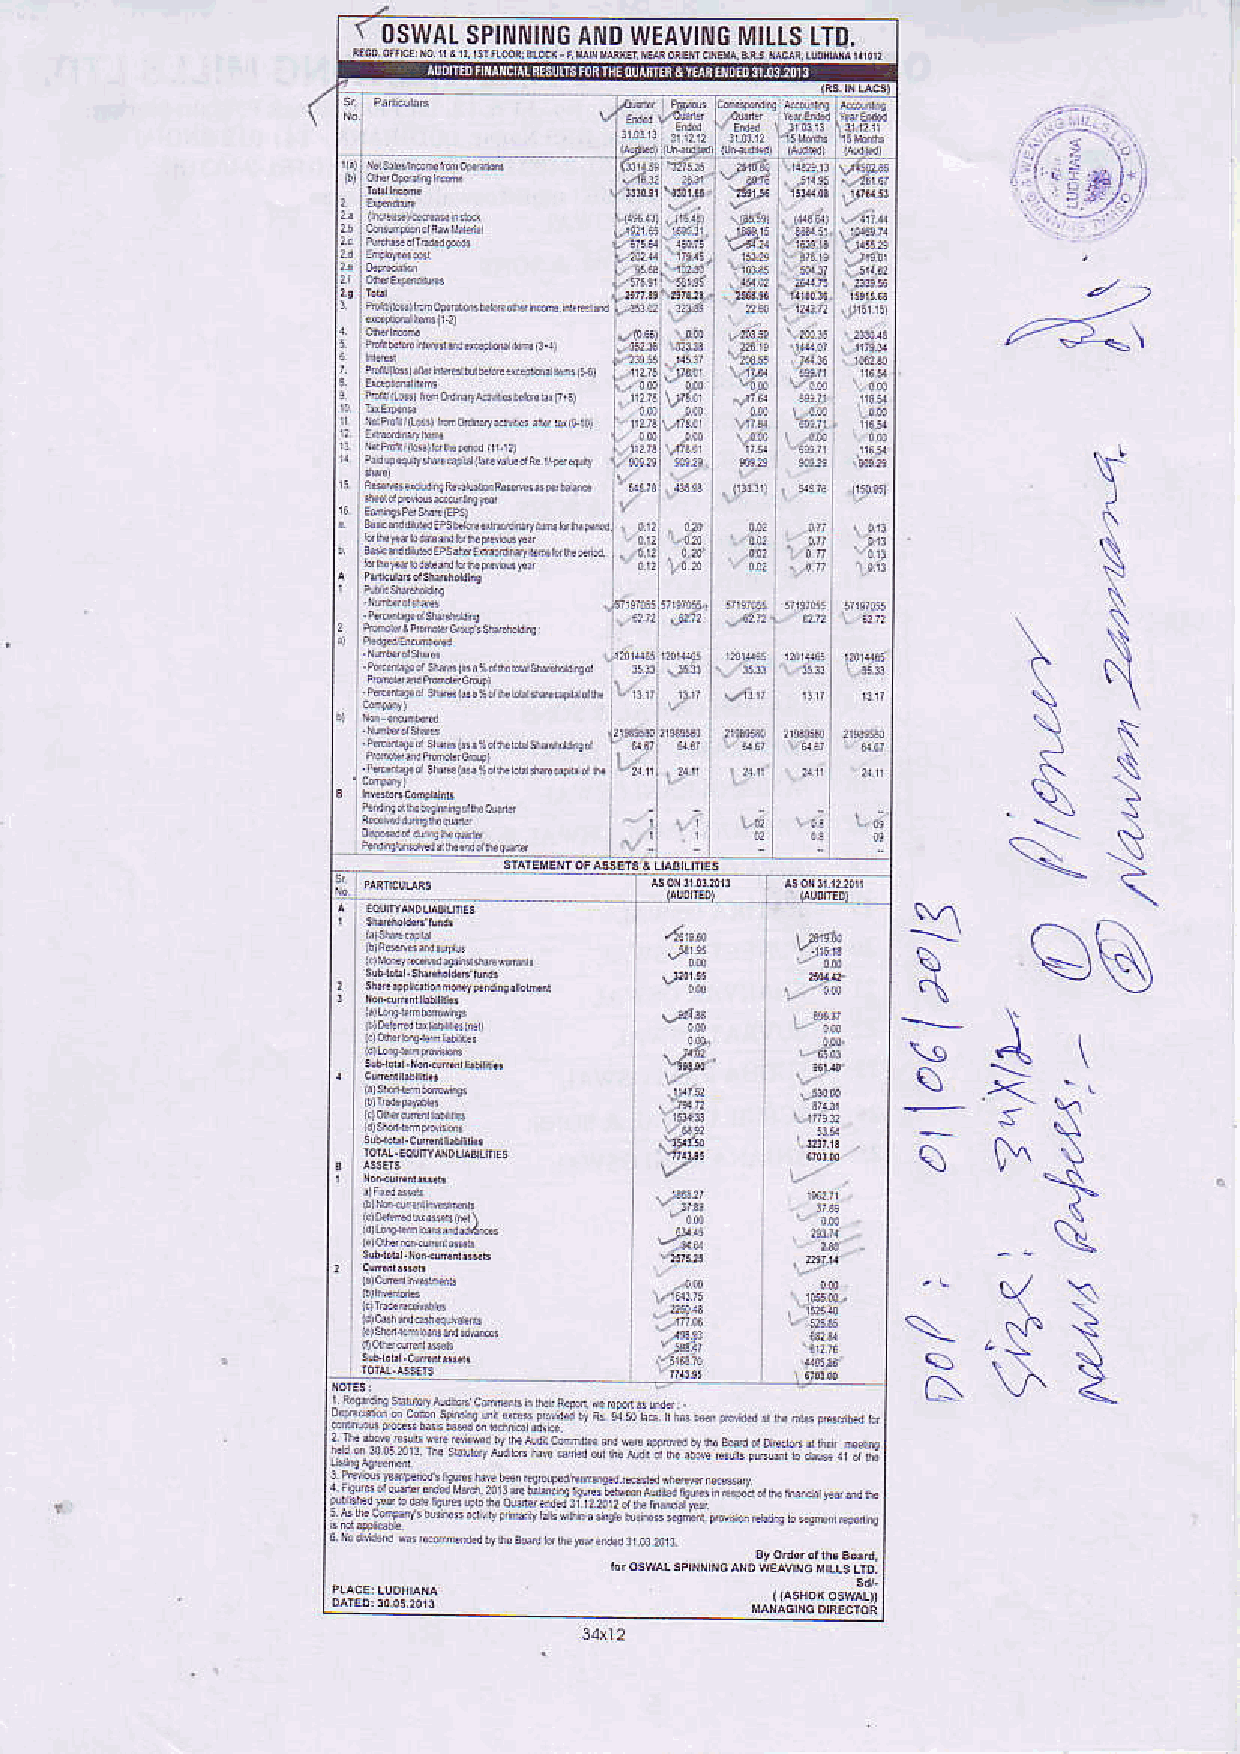
'\
 0swrlS  PmIc Alt0w EAvIttcv lttsL Ttt.
 !x:2
 ltq-*             In!"4
 {#
 Y{
 *-"^l
 h;!-;;;;ifi ;ir_ t ii! Lj;
 .$:
 . ilf-1**54.-r
 a\
 s.\
 try:
 \\
 .\{
 es
 11
 4;
 \
 ,ifi                  tr
 q
 q
 '=\
 {
 "
 Ys
 -al
 ;,&T
 -'\
 s         :i
 i?!j
 C\   \-r   <
 gglig*!fi!6.jJ.eijlq-aB9'b
 ir:"fi iui;lf ;"*g:iT*iir.?":fjtrff ;tr:s.H
 H,".g:i,"H:tflU -*,,'iii**e5P: